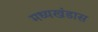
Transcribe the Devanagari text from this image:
मध्यखंडास